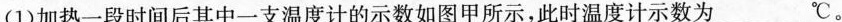
(1)加热一段时间后其中一支温度计的示数如图甲所示，此时温度计示数为___℃。